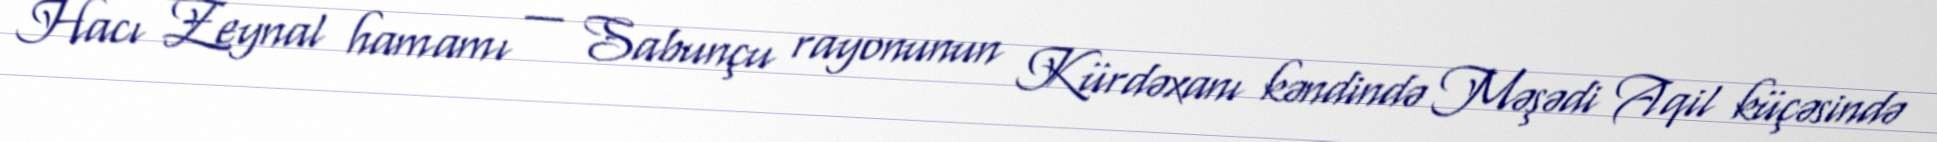
Hacı Zeynal hamamı — Sabunçu rayonunun Kürdəxanı kəndində Məşədi Aqil küçəsində